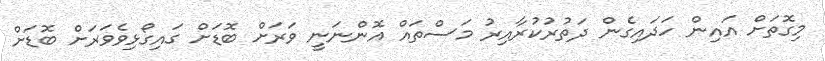
މިގޮތަށް އައިން ހަދައިގެން ދަތުރުކުރާއިރު މަސްތައް އޮންނަނީ ވަރަށް ބޮޑަށް ގައިގޯޅިވެވަރަށް ބޮޑަށް